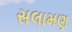
સલામણ